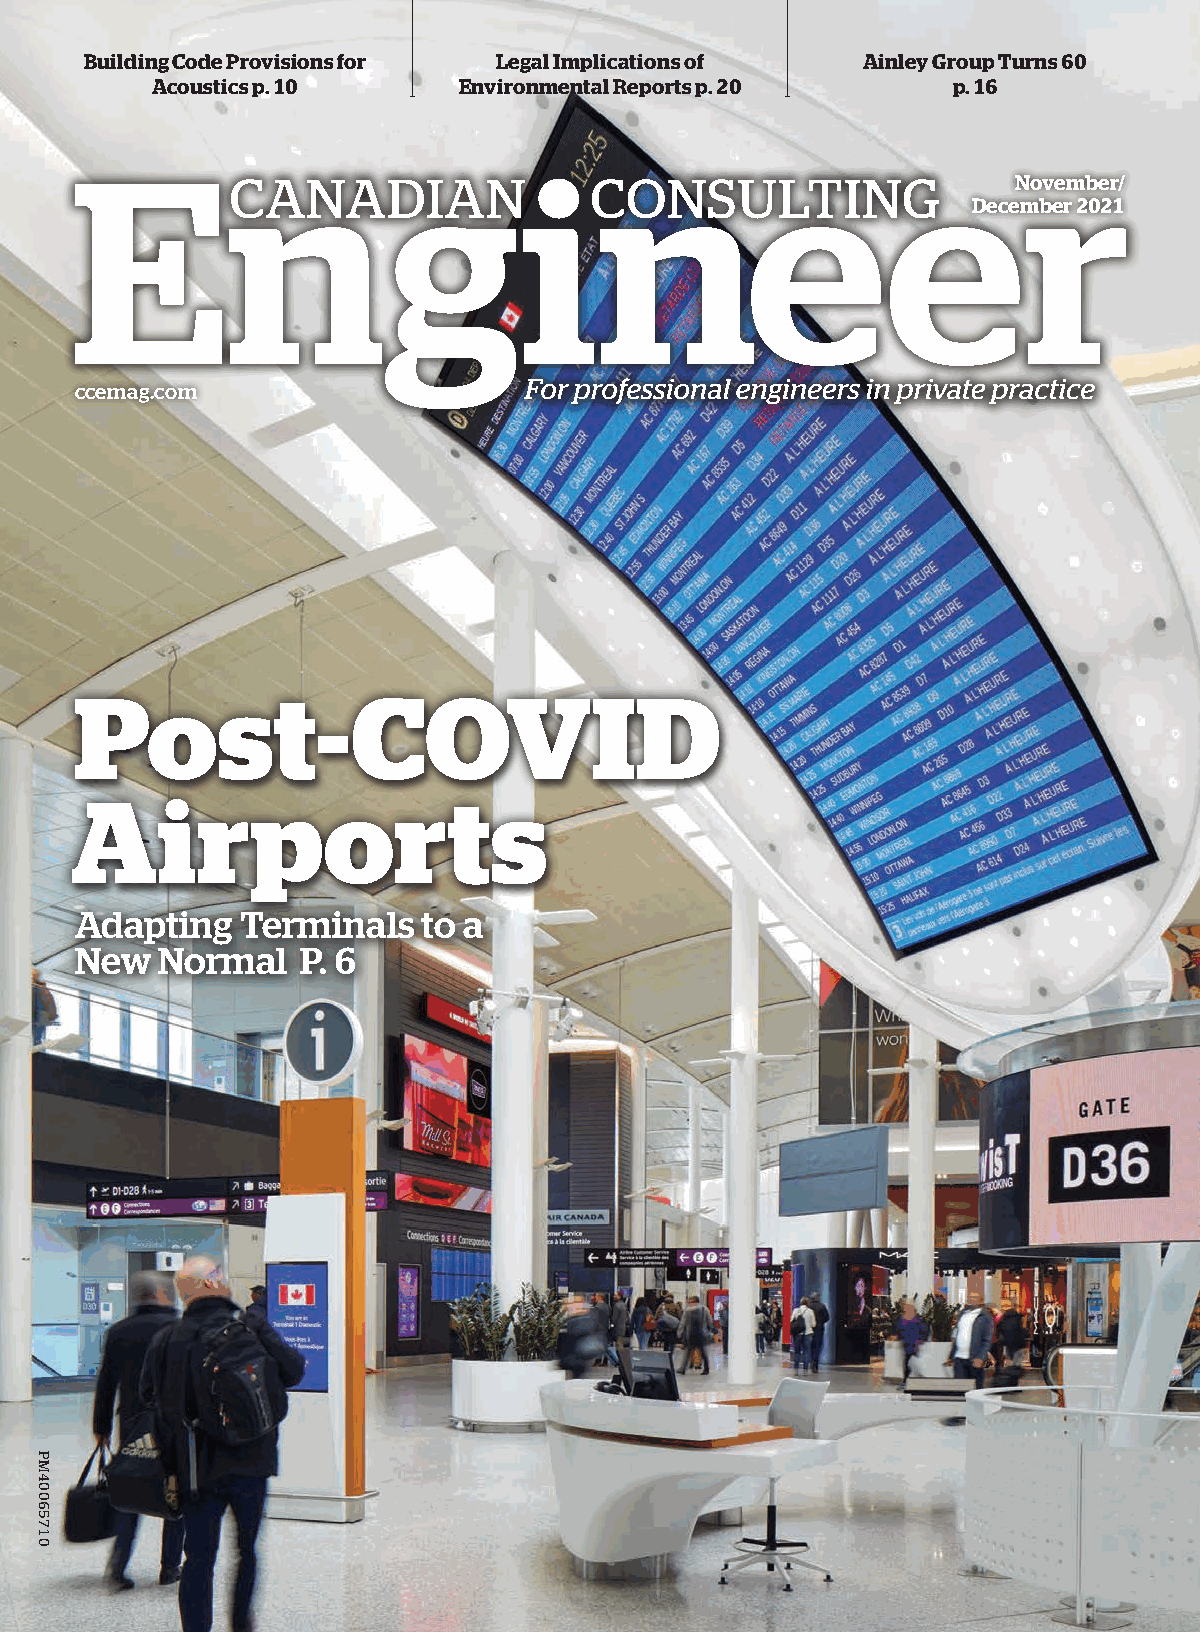
Building Code Provisions for Legal Implications of Ainley Group Turns 60
 Acoustics p. 10     Environmental Reports p. 20      p. 16
 November/
 December 2021
 ccemag.com
 Post-COVID
 Airports
 Adapting   Terminals   to a
 New  Normal    P. 6
 PM40065710